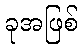
ခုအဖြစ်